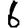
Digit: 6